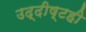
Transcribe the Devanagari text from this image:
उद्दीष्टही